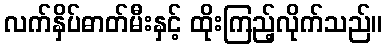
လက်နှိပ်ဓာတ်မီးနှင့် ထိုးကြည့်လိုက်သည်။